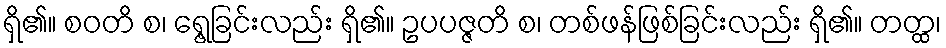
ရှိ၏။ စဝတိ စ၊ ရွေ့ခြင်းလည်း ရှိ၏။ ဥပပဇ္ဇတိ စ၊ တစ်ဖန်ဖြစ်ခြင်းလည်း ရှိ၏။ တတ္ထ၊